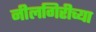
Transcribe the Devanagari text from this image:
नीलगिरीच्या